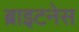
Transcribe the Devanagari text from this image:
ब्राइटनेस